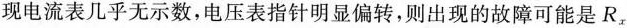
现电流表几乎无示数，电压表指针明显偏转，则出现的故障可能是R_{x}